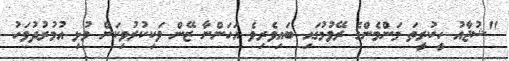
''ޝުޖާއު ހީކުރީތަ މަންމެންގެ ރޭވުމުގައި ބައިވެރިވެ އަހަންނާ ޒޭން ވަކިކުރުވިކަން މުޅި އުމުރުދުވަހު